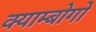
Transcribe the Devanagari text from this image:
क्याम्बोगो